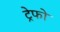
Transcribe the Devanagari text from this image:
ट्रेफो